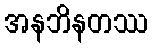
အနဘိနတဿ